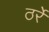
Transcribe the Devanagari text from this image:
ठर्रे